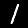
Label: 1